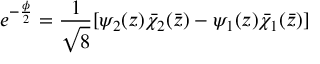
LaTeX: e ^ { - \frac { \phi } { 2 } } = \frac { 1 } { \sqrt { 8 } } [ \psi _ { 2 } ( z ) \bar { \chi } _ { 2 } ( \bar { z } ) - \psi _ { 1 } ( z ) \bar { \chi } _ { 1 } ( \bar { z } ) ]